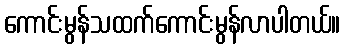
ကောင်းမွန်သထက်ကောင်းမွန်လာပါတယ်။